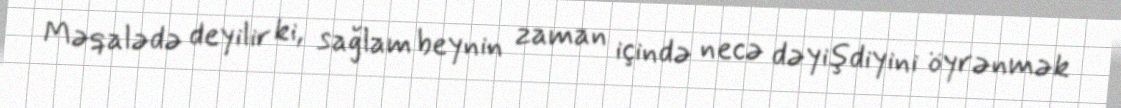
Məqalədə deyilir ki, sağlam beynin zaman içində necə dəyişdiyini öyrənmək